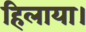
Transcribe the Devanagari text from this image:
हिलाया।